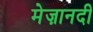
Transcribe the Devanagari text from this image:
मेज़ानदी